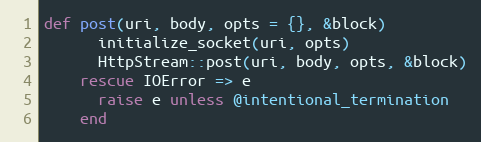
Language: Ruby
def post(uri, body, opts = {}, &block)
      initialize_socket(uri, opts)
      HttpStream::post(uri, body, opts, &block)
    rescue IOError => e
      raise e unless @intentional_termination
    end